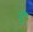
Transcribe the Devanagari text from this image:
र्डें